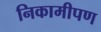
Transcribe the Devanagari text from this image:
निकामीपण